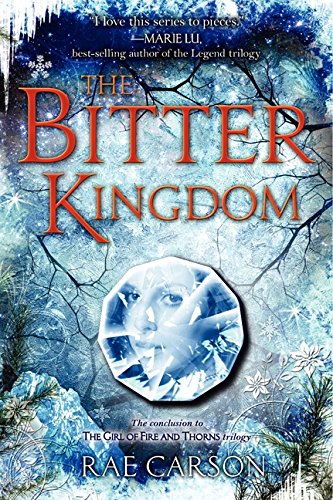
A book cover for The Bitter Kingdom (Girl of Fire and Thorns); Rae Carson; Teen & Young Adult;